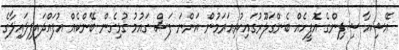
އޭޝިއާ ޝިޕިންގެ އޮފީހެއް ބެންގަލޫރުގައިކުރިއަރަމުން އަންނަ ފަސް ގައުމު ގުޅިގެން ބޭންކެއް އުފައްދައިފިލައިލާގެ